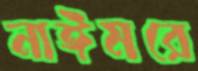
নাঈমরে